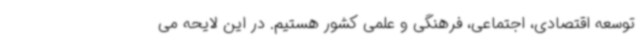
توسعه اقتصادی، اجتماعی، فرهنگی و علمی کشور هستیم. در این لایحه می